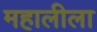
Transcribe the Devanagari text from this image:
महालीला